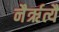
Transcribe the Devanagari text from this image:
नैर्ऋत्यै